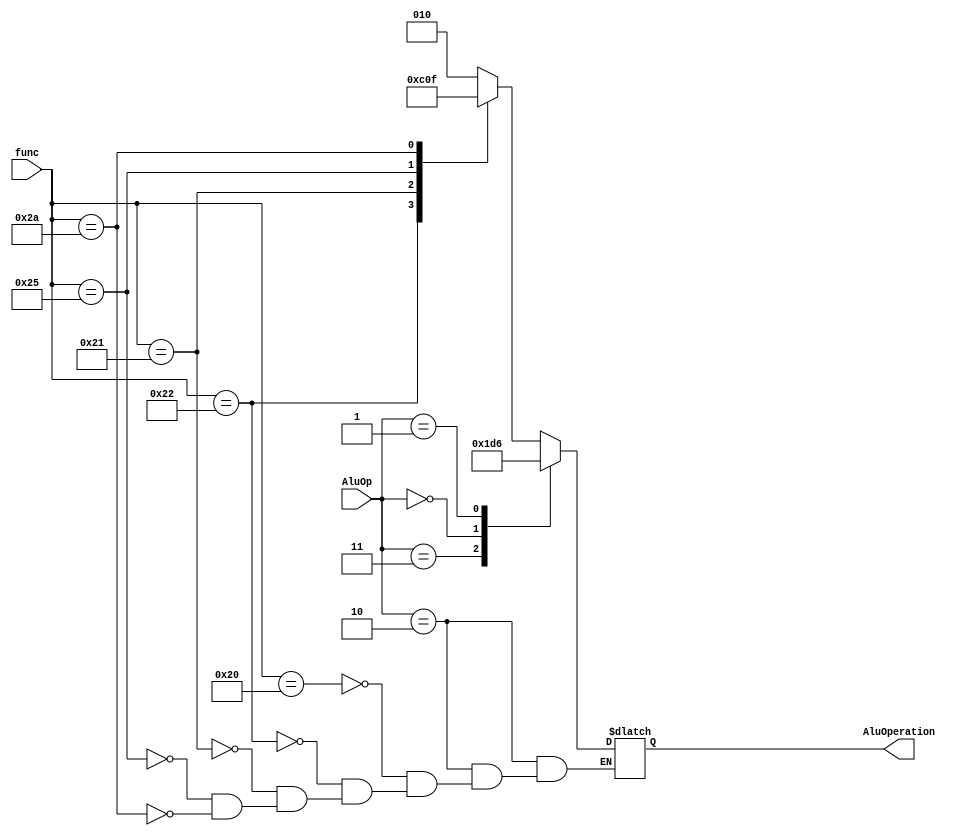
module AluController(
    input [1:0] AluOp, input [5:0] func, 
    output reg [2:0] AluOperation
);

    always @(AluOp, func) begin
        case (AluOp)
            2'b10: begin
                case (func)
                    6'b100000: AluOperation = 3'b010; // add
                    6'b100010: AluOperation = 3'b110; // sub
                    6'b100001: AluOperation = 3'b000; // and
                    6'b100101: AluOperation = 3'b001; // or
                    6'b101010: AluOperation = 3'b111; // slt
                endcase
            end
            2'b11: AluOperation = 3'b111; // slt
            2'b00: AluOperation = 3'b010; // add
            2'b01: AluOperation = 3'b110; // sub
        endcase    
    end

endmodule